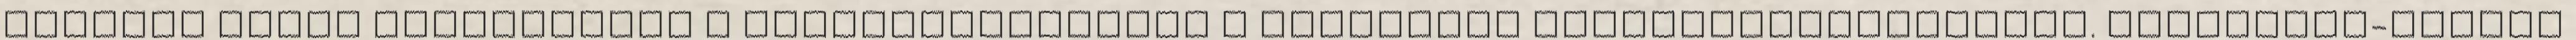
hónapon belül megegyeznek a szakszervezettel a kollektív munkaszerződésekről. Nagyvárad-szerte